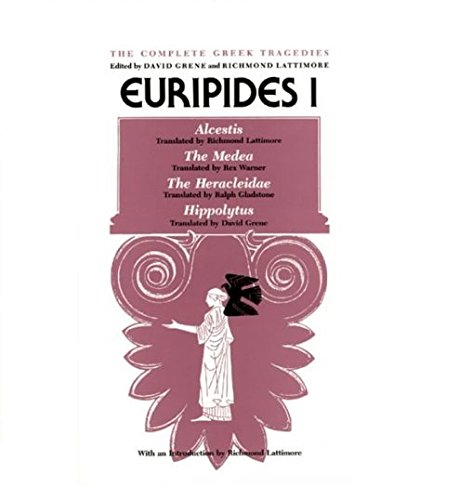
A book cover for Euripides I: Alcestis, The Medea, The Heracleidae, Hippolytus (The Complete Greek Tragedies) (Vol 3); Euripides; Literature & Fiction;